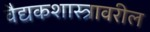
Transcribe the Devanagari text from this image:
वैद्यकशास्त्रावरील